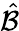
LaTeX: \hat{\mathcal B}